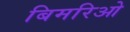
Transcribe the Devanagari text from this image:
बिमरिओ